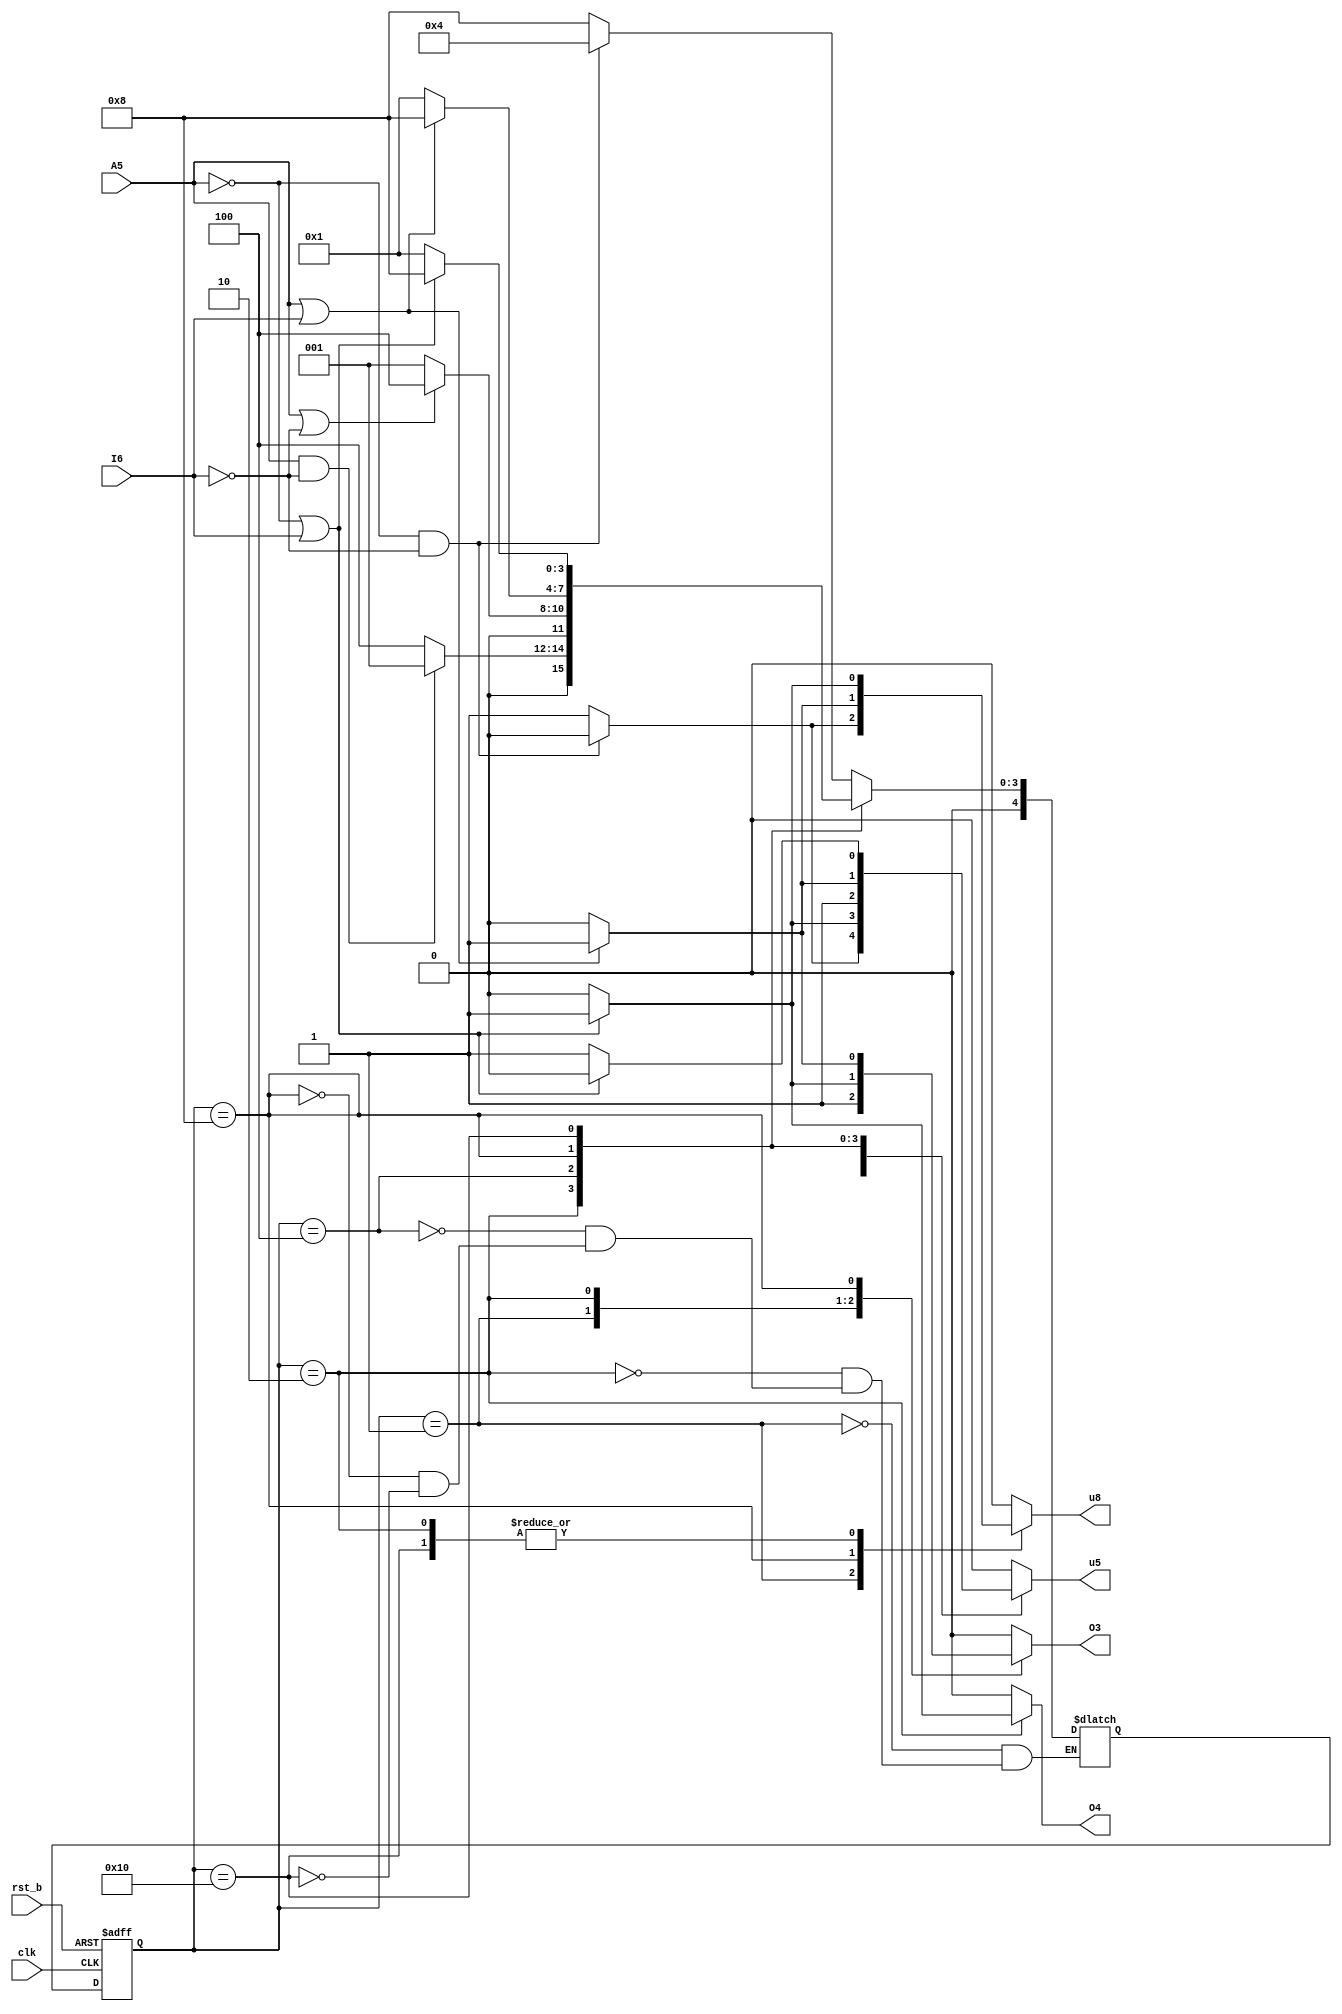
module fsm (
  input clk,
  input rst_b,
  input A5,
  input I6,
  output reg u5,
  output reg u8,
  output reg O3,
  output reg O4
  );
  
  localparam S_D2 = 5'b00001;
  localparam S_K4 = 5'b00010;
  localparam S_U9 = 5'b00100;
  localparam S_A2 = 5'b01000;
  localparam S_R5 = 5'b10000;
  
  reg [4:0] st;
  reg [4:0] st_nxt;
  
  // combinational always block generating next state;
  always @(*)
  begin
    case (st)
      S_D2: if (~A5 && ~I6) st_nxt = S_U9;
            else st_nxt = S_A2; // same as (A5 || I6);
      S_K4: if (A5 && ~I6) st_nxt = S_D2;
            else st_nxt = S_U9; // same as (~A5 || I6);
      S_U9: if (A5 || ~I6) st_nxt = S_U9;
            else st_nxt = S_D2; // same as (~A5 && I6);
      S_A2: if (A5 || I6) st_nxt = S_A2;
            else st_nxt = S_D2; // same as (~A5 && ~I6);
      S_R5: if (~A5 || I6) st_nxt = S_A2;
            else st_nxt = S_D2; // same as (A5 && ~I6);
    endcase
  end
  
  // combinational always block generating output;
  always @(*)
  begin
    {u5, u8, O3, O4} = 4'b0000;
    case (st)
      S_D2: if (~A5 && ~I6) O3 = 1'b1;
            else {u5, u8, O3} = 3'b111;
      S_K4: if (~A5 || I6) {u5, u8, O3, O4} = 4'b1111;
      S_U9: u5 = 1'b1;
      S_A2: if (A5 || I6) {u5, u8, O3} = 3'b111;
      S_R5: if (~A5 || I6) u8 = 1'b1;
            else u5 = 1'b1;
    endcase
  end
  
  // sequential always block transitioning through states;
  always @(posedge clk, negedge rst_b)
  begin
    if (!rst_b)
      st <= S_D2;
    else
      st <= st_nxt;
  end
endmodule

module fsm_TB;
  reg clk;
  reg rst_b;
  reg A5;
  reg I6;
  wire u5;
  wire u8;
  wire O3;
  wire O4;
  
  localparam CLK_PERIOD = 100;
  localparam RUNNING_CYCLES = 24;
  localparam RST_DURATION = 150;
  
  // instancing UUT;
  fsm inst(.clk(clk), .rst_b(rst_b), .A5(A5), .I6(I6), .u5(u5), .u8(u8), .O3(O3), .O4(O4));
  
  // generating clock signal;
  initial
  begin
    clk = 1'b1;
    repeat (RUNNING_CYCLES*2) #(CLK_PERIOD/2) clk = ~clk;
  end
  
  // generating asynchronous reset signal;
  initial
  begin
    rst_b = 1'b0;
    #RST_DURATION rst_b = 1'b1;
  end
  
  // generating A5 signal;
  initial
  begin
    A5 = 1'b0;
    #(CLK_PERIOD*2) A5 = ~A5; // 1
    #(CLK_PERIOD/2) A5 = ~A5; // 0
    #(CLK_PERIOD/2) A5 = ~A5; // 1
    #(CLK_PERIOD/2) A5 = ~A5; // 0
    #(CLK_PERIOD) A5 = ~A5; // 1
    #(CLK_PERIOD/2) A5 = ~A5; // 0 
    #(CLK_PERIOD/2) A5 = ~A5; // 1 
    #(CLK_PERIOD) A5 = ~A5; // 0
    #(CLK_PERIOD) A5 = ~A5; // 1
    #(CLK_PERIOD) A5 = ~A5; // 0
    #(CLK_PERIOD) A5 = ~A5; // 1
    #(CLK_PERIOD/2) A5 = ~A5; // 0
    #(CLK_PERIOD) A5 = ~A5; // 1
    #(CLK_PERIOD/2) A5 = ~A5; // 0
    #(CLK_PERIOD*3/2) A5 = ~A5; // 1
    #(CLK_PERIOD*3/2) A5 = ~A5; // 0
    #(CLK_PERIOD/2) A5 = ~A5; // 1
    #(CLK_PERIOD/2) A5 = ~A5; // 0
    #(CLK_PERIOD/2) A5 = ~A5; // 1
    #(CLK_PERIOD*2) A5 = ~A5; // 0
    #(CLK_PERIOD) A5 = ~A5; // 1
    #(CLK_PERIOD*3/2) A5 = ~A5; // 0
    #(CLK_PERIOD/2) A5 = ~A5; // 1
    #(CLK_PERIOD*3/2) A5 = ~A5; // 0
    #(CLK_PERIOD/2) A5 = ~A5; // 1
    #(CLK_PERIOD/2) A5 = ~A5; // 0
  end
  
  // generating I6 signal;
  initial
  begin
    I6 = 1'b0;
    #(CLK_PERIOD*3/2) I6 = ~I6; // 1
    #(CLK_PERIOD*3/2) I6 = ~I6; // 0
    #(CLK_PERIOD) I6 = ~I6; // 1
    #(CLK_PERIOD/2) I6 = ~I6; // 0
    #(CLK_PERIOD) I6 = ~I6; // 1
    #(CLK_PERIOD*3/2) I6 = ~I6; // 0
    #(CLK_PERIOD/2) I6 = ~I6; // 1
    #(CLK_PERIOD/2) I6 = ~I6; // 0
    #(CLK_PERIOD/2) I6 = ~I6; // 1
    #(CLK_PERIOD*2) I6 = ~I6; // 0
    #(CLK_PERIOD) I6 = ~I6; // 1
    #(CLK_PERIOD*3/2) I6 = ~I6; // 0
    #(CLK_PERIOD/2) I6 = ~I6; // 1
    #(CLK_PERIOD/2) I6 = ~I6; // 0
    #(CLK_PERIOD/2) I6 = ~I6; // 1
    #(CLK_PERIOD*4) I6 = ~I6; // 0
    #(CLK_PERIOD/2) I6 = ~I6; // 1
    #(CLK_PERIOD*3/2) I6 = ~I6; // 0
    #(CLK_PERIOD) I6 = ~I6; // 1
    #(CLK_PERIOD/2) I6 = ~I6; // 0
    #(CLK_PERIOD/2) I6 = ~I6; // 1
    #(CLK_PERIOD) I6 = ~I6; // 0
  end
endmodule